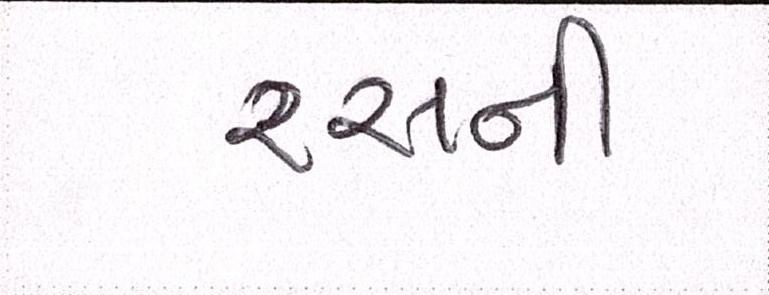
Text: રસની